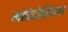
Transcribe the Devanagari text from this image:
मोरेटोरियम